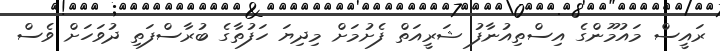
ރައީސް މައުމޫންގެ އިސްތިއުނާފު ޝަރީއަތް ފެށުމަށް މިދިޔަ ހަފުތާގެ ބުރާސްފަތި ދުވަހަށް ވެސް